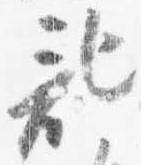
記